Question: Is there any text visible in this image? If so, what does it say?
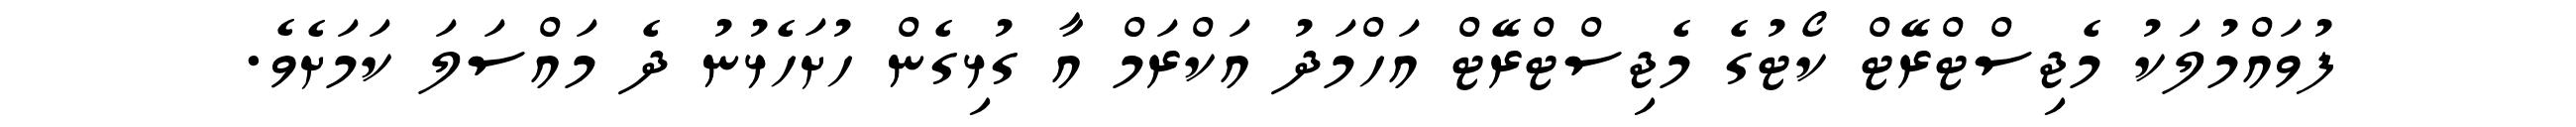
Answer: ފުވައްމުލަކު މެޖިސްޓްރޭޓް ކޯޓުގެ މެޖިސްޓްރޭޓް އަހްމަދު އަކްރަމް އާ ގުޅިގެން ހުށަހެޅުނު ދެ މައްސަލަ ކަމަށެވެ.